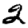
Digit: 2